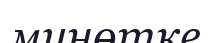
минөтке